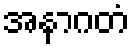
အနာဂတံ